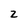
Character: Z